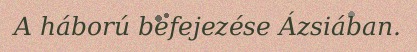
A háború befejezése Ázsiában.